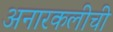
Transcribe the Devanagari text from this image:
अनारकलीची